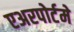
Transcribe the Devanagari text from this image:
एअरपोर्टमे